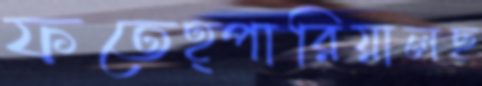
ফতেহ্পারিয়ালছ